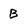
Character: B